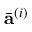
\bar { \mathbf { a } } ^ { ( i ) }